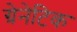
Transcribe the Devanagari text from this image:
ग्रेनेटिक